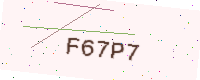
Text: F67P7